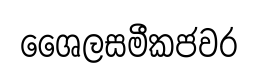
ශෛලසමීකජවර